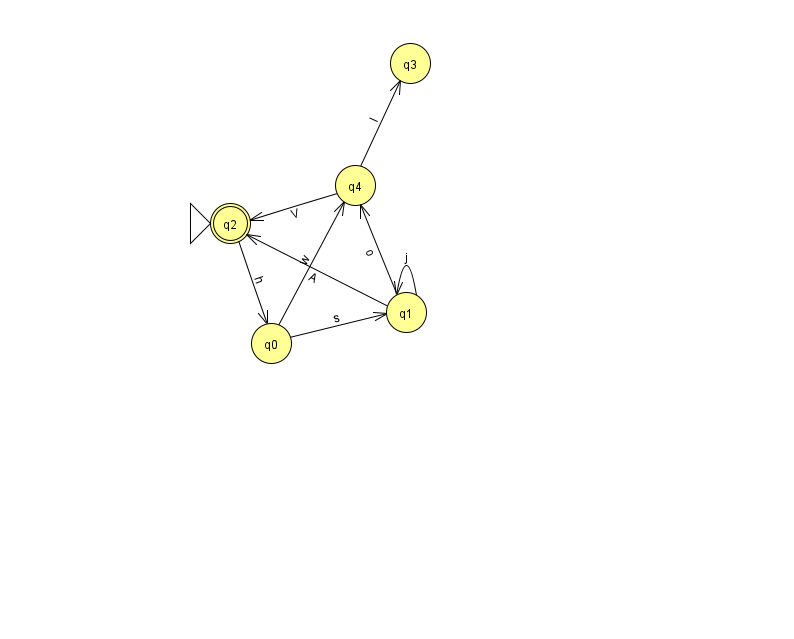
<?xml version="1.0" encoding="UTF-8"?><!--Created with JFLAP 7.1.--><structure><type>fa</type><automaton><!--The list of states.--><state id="0" name="q0"><x>271.0</x><y>330.0</y></state><state id="1" name="q1"><x>406.0</x><y>299.0</y></state><state id="2" name="q2"><x>230.0</x><y>210.0</y><initial/><final/></state><state id="3" name="q3"><x>410.0</x><y>50.0</y></state><state id="4" name="q4"><x>355.0</x><y>172.0</y></state><!--The list of transitions.--><transition><from>0</from><to>4</to><read>w</read></transition><transition><from>4</from><to>3</to><read>l</read></transition><transition><from>1</from><to>4</to><read>o</read></transition><transition><from>2</from><to>0</to><read>h</read></transition><transition><from>1</from><to>2</to><read>A</read></transition><transition><from>0</from><to>1</to><read>s</read></transition><transition><from>1</from><to>1</to><read>j</read></transition><transition><from>4</from><to>2</to><read>V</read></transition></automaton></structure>